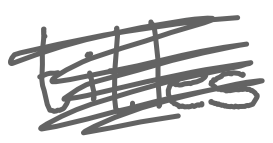
Text: titles
Cross-out: scratch
Writing tool: digital_gray